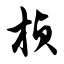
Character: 桢